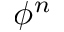
\phi ^ { n }